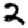
Digit: 2